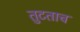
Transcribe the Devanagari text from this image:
तुटताच